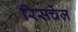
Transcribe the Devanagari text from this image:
रिसर्चेज़